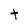
Character: t